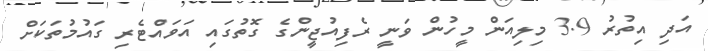
އަދި އިތުރު 3.9 މިލިއަން މީހުން ވަނީ ރެފިއުޖީންގެ ގޮތުގައި އަވައްޓެރި ގައުމުތަކަށް